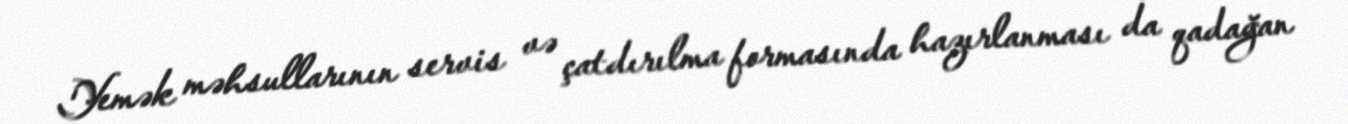
Yemək məhsullarının servis və çatdırılma formasında hazırlanması da qadağan